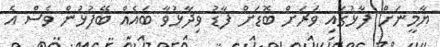
ޔާމީނަށް ފާޅުގައި ވަރަށް ބޮޑަށް ފާޑު ވިދާޅުވާ ބައެއް ބޭފުޅުން ވެސް އެ